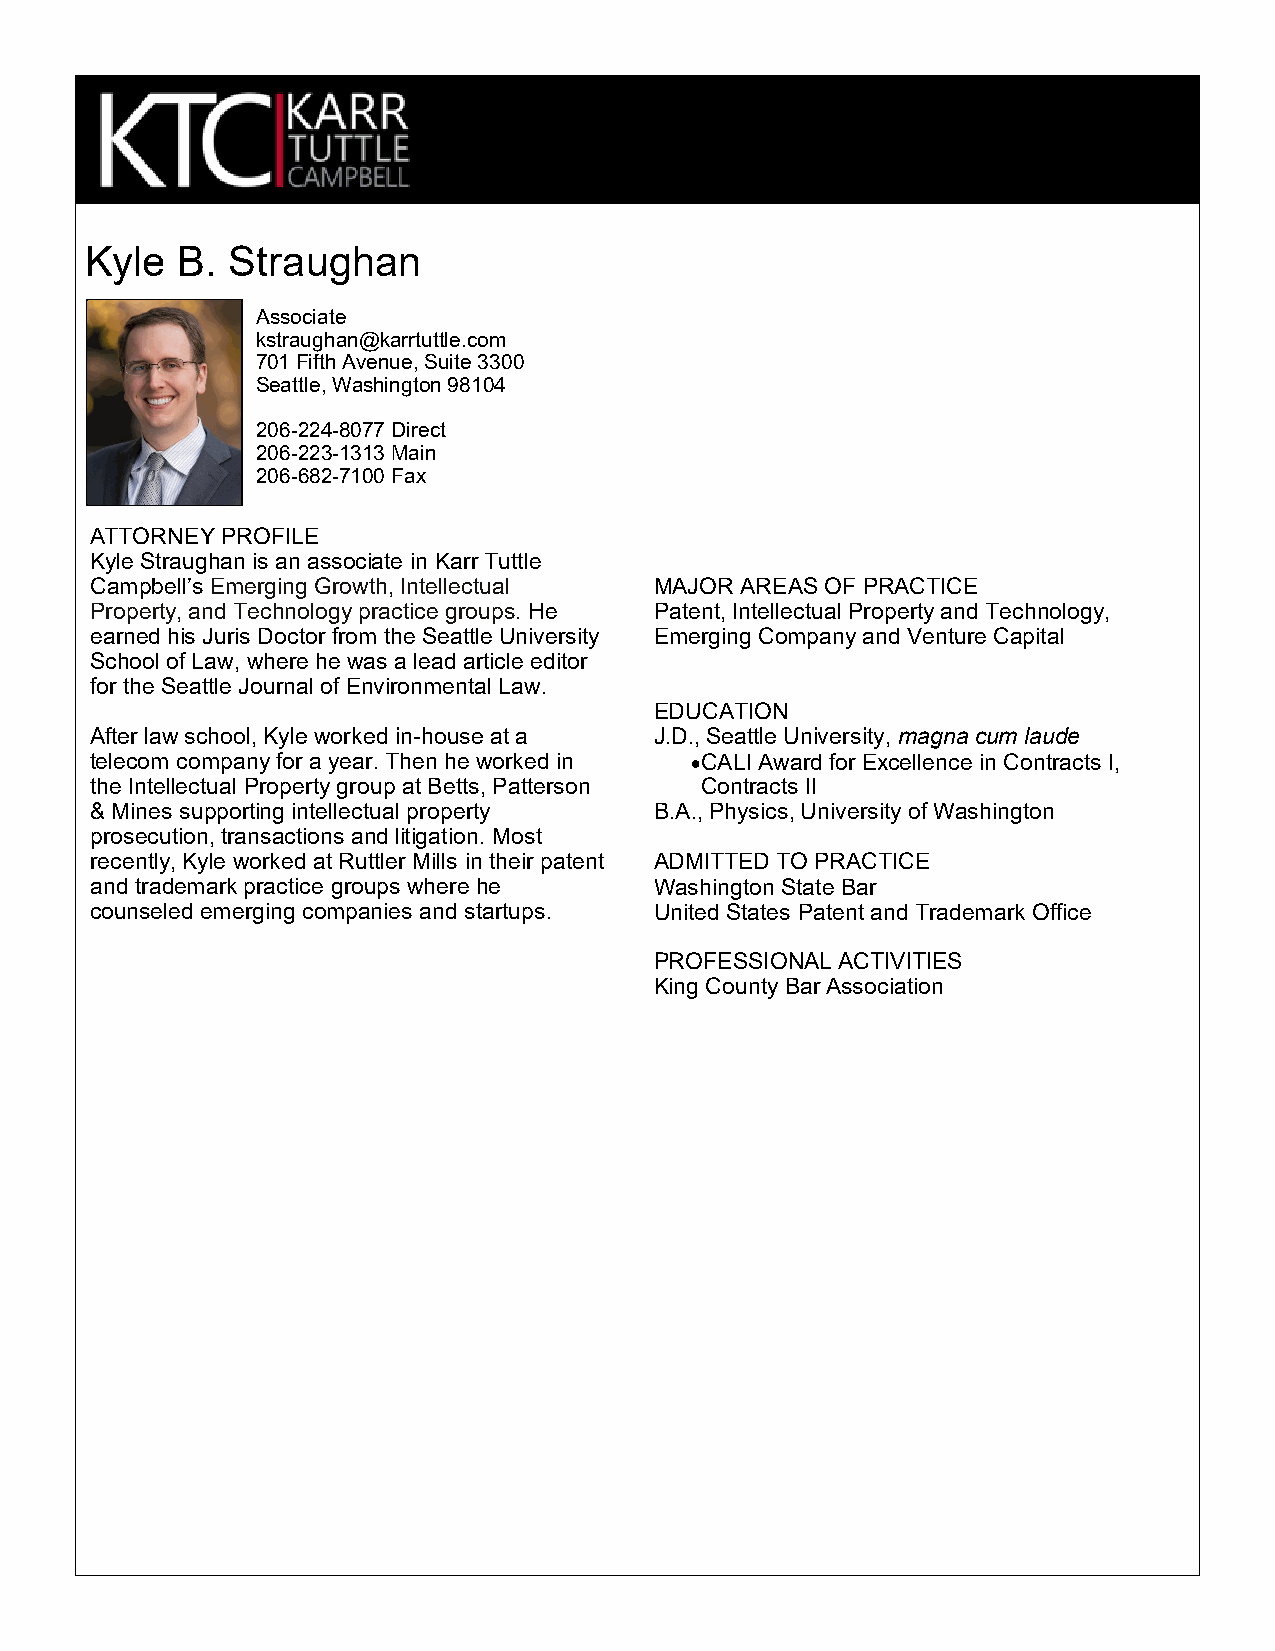
Kyle  B. Straughan
 Associate
 kstraughan@karrtuttle.com
 701 Fifth Avenue, Suite 3300
 Seattle, Washington 98104
 206-224-8077 Direct
 206-223-1313 Main
 206-682-7100 Fax
 ATTORNEY PROFILE
 Kyle Straughan is an associate in Karr Tuttle
 Campbell’s Emerging Growth, Intellectual MAJOR AREAS OF PRACTICE
 Property, and Technology practice groups. He Patent, Intellectual Property and Technology,
 earned his Juris Doctor from the Seattle University Emerging Company and Venture Capital
 School of Law, where he was a lead article editor
 for the Seattle Journal of Environmental Law.
 EDUCATION
 After law school, Kyle worked in-house at a J.D., Seattle University, magna cum laude
 telecom company for a year. Then he worked in •CALI Award for Excellence in Contracts I,
 the Intellectual Property group at Betts, Patterson Contracts II
 & Mines supporting intellectual property B.A., Physics, University of Washington
 prosecution, transactions and litigation. Most
 recently, Kyle worked at Ruttler Mills in their patent ADMITTED TO PRACTICE
 and trademark practice groups where he Washington State Bar
 counseled emerging companies and startups. United States Patent and Trademark Office
 PROFESSIONAL ACTIVITIES
 King County Bar Association